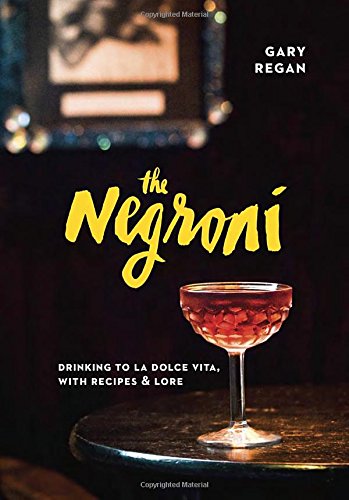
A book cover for The Negroni: Drinking to La Dolce Vita, with Recipes & Lore; Gary Regan; Cookbooks, Food & Wine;